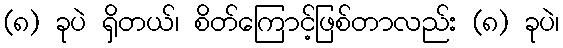
(၈) ခုပဲ ရှိတယ်၊ စိတ်ကြောင့်ဖြစ်တာလည်း (၈) ခုပဲ၊